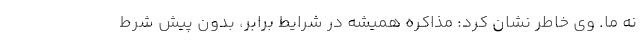
نه ما. وی خاطر نشان کرد: مذاکره همیشه در شرایط برابر، بدون پیش شرط